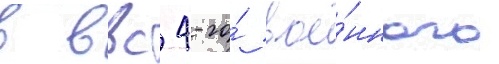
в ввс 4-го́ вое́нного